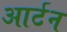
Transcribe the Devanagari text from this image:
आर्टन